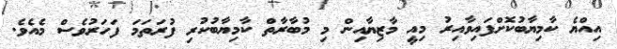
އިއްޔެ ކާމިޔާބުކޮށްފައިވާއިރު މިއީ މާޒިޔާއިން މި މުބާރާތް ކާމިޔާބުކުރި ފުރަތަމަ ފަހަރުވެސް މެއެވެ.